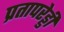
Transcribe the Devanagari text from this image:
प्रतापरेड्डी